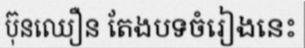
ប៊ុនឈឿន តែងបទចំរៀងនេះ